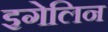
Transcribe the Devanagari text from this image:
इगेलिन